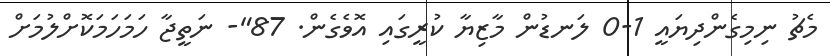
މެޗު ނިމިގެންދިޔައީ 1-0 ލަނޑުން މާޒިޔާ ކުރީގައި އޮވެގެން. 87"- ނަތީޖާ ހަމަހަމަކޮށްލުމަށް